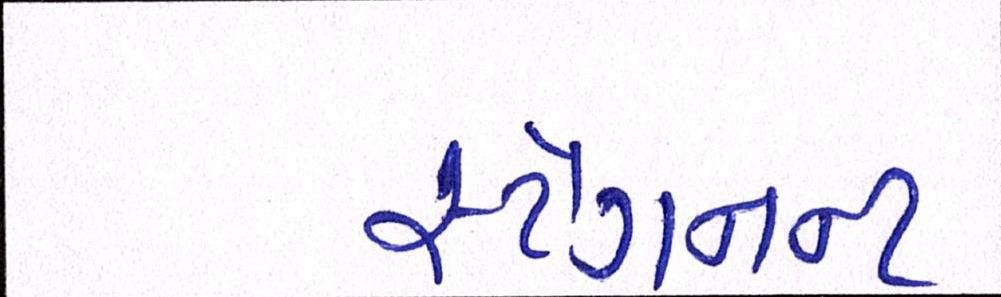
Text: સ્ટેગનન્ટ